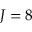
J = 8